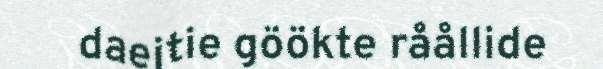
daejtie göökte råållide